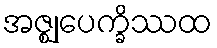
အဇ္ဈုပေက္ခိဿထ